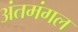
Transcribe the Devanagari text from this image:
अंतमंगल